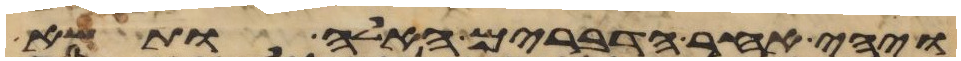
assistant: ויהי אחר הדברים האלה ותשא